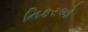
નિકરઓ